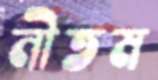
নীতম